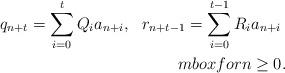
LaTeX: \begin{align*}q_{n+t}=\sum_{i=0}^t Q_ia_{n+i},\ \ r_{n+t-1}=\sum_{i=0}^{t-1} R_ia_{n+i}\ \\mbox{for } n\ge 0.\end{align*}